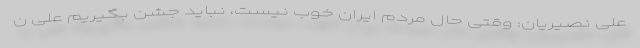
علی نصیریان: وقتی حال مردم ایران خوب نیست، نباید جشن بگیریم علی ن